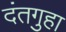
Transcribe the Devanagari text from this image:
दंतगुहा